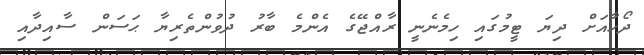
ދޯހާއަށް ދިޔަ ޓީމުގައި ހިމެނެނީ ރާއްޖޭގެ އެންމެ ބާރު ދުވުންތެރިޔާ ޙަސަން ސާއިދާއި